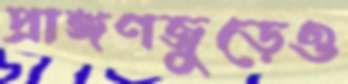
প্রাঙ্গণজুড়েও